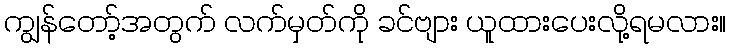
ကျွန်တော့်အတွက် လက်မှတ်ကို ခင်ဗျား ယူထားပေးလို့ရမလား။